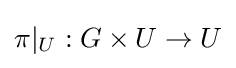
\pi |_{U}:G\times U\to U